Leaving Certificate Examination, 1910
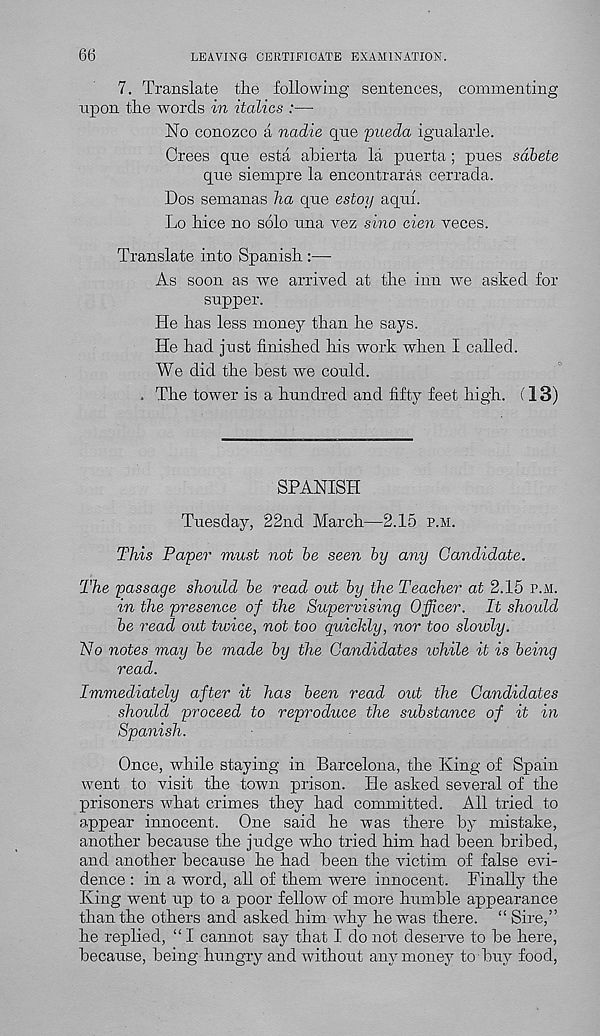
66
LEAVING CERTIFICATE EXAMINATION.
7. Translate the following sentences, commenting
upon the words in italics :—
No conozco a nadie cjue pueda igualarle.
Crees que esta abierta la puerta ; pues sdbete
que siempre la encontraras cerrada.
Dos semanas ha que estoy aqul.
Lo hice no solo una vez sino cien veces.
Translate into Spanish :—
As soon as we arrived at the inn we asked for
supper.
He has less money than he says.
He had just finished his work when I called.
We did the best we could.
. The tower is a hundred and fifty feet high. (13)
SPANISH
Tuesday, 22nd March—2.15 p.m.
This Paper must not be seen by any Candidate.
The passage should be read out by the Teacher at 2.15 p.m.
in the presence of the Supervising Officer. It shoidd
be read out tioice, not too guickly, nor too sloioly.
No notes may be made by the Candidates while it is being
read.
Immediately after it has been read out the Candidates
should proceed to reproduce the substance of it in
Spanish.
Once, while staying in Barcelona, the King of Spain
went to visit the town prison. He asked several of the
prisoners what crimes they had committed. All tried to
appear innocent. One said he was there by mistake,
another because the judge who tried him had been bribed,
and another because he had been the victim of false evi-
dence : in a word, all of them were innocent. Finally the
King went up to a poor fellow of more humble appearance
than the others and asked him why he was there. “ Sire,”
he replied, “ I cannot say that I do not deserve to be here,
because, being hungry and without any money to buy food,